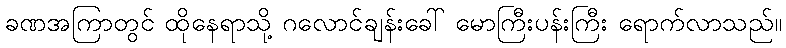
ခဏအကြာတွင် ထိုနေရာသို့ ဂလောင်ချန်းခေါ် မောကြီးပန်းကြီး ရောက်လာသည်။